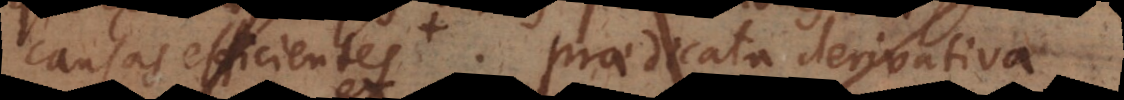
causas efficientes, Praedicata derivativa